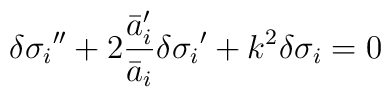
{\delta\sigma_i}''+2\frac{{\bar{a}_i'}}{\bar{a}_i}{\delta\sigma_i}'+k^2\delta\sigma_i=0